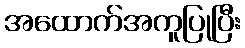
အထောက်အကူပြုပြီး